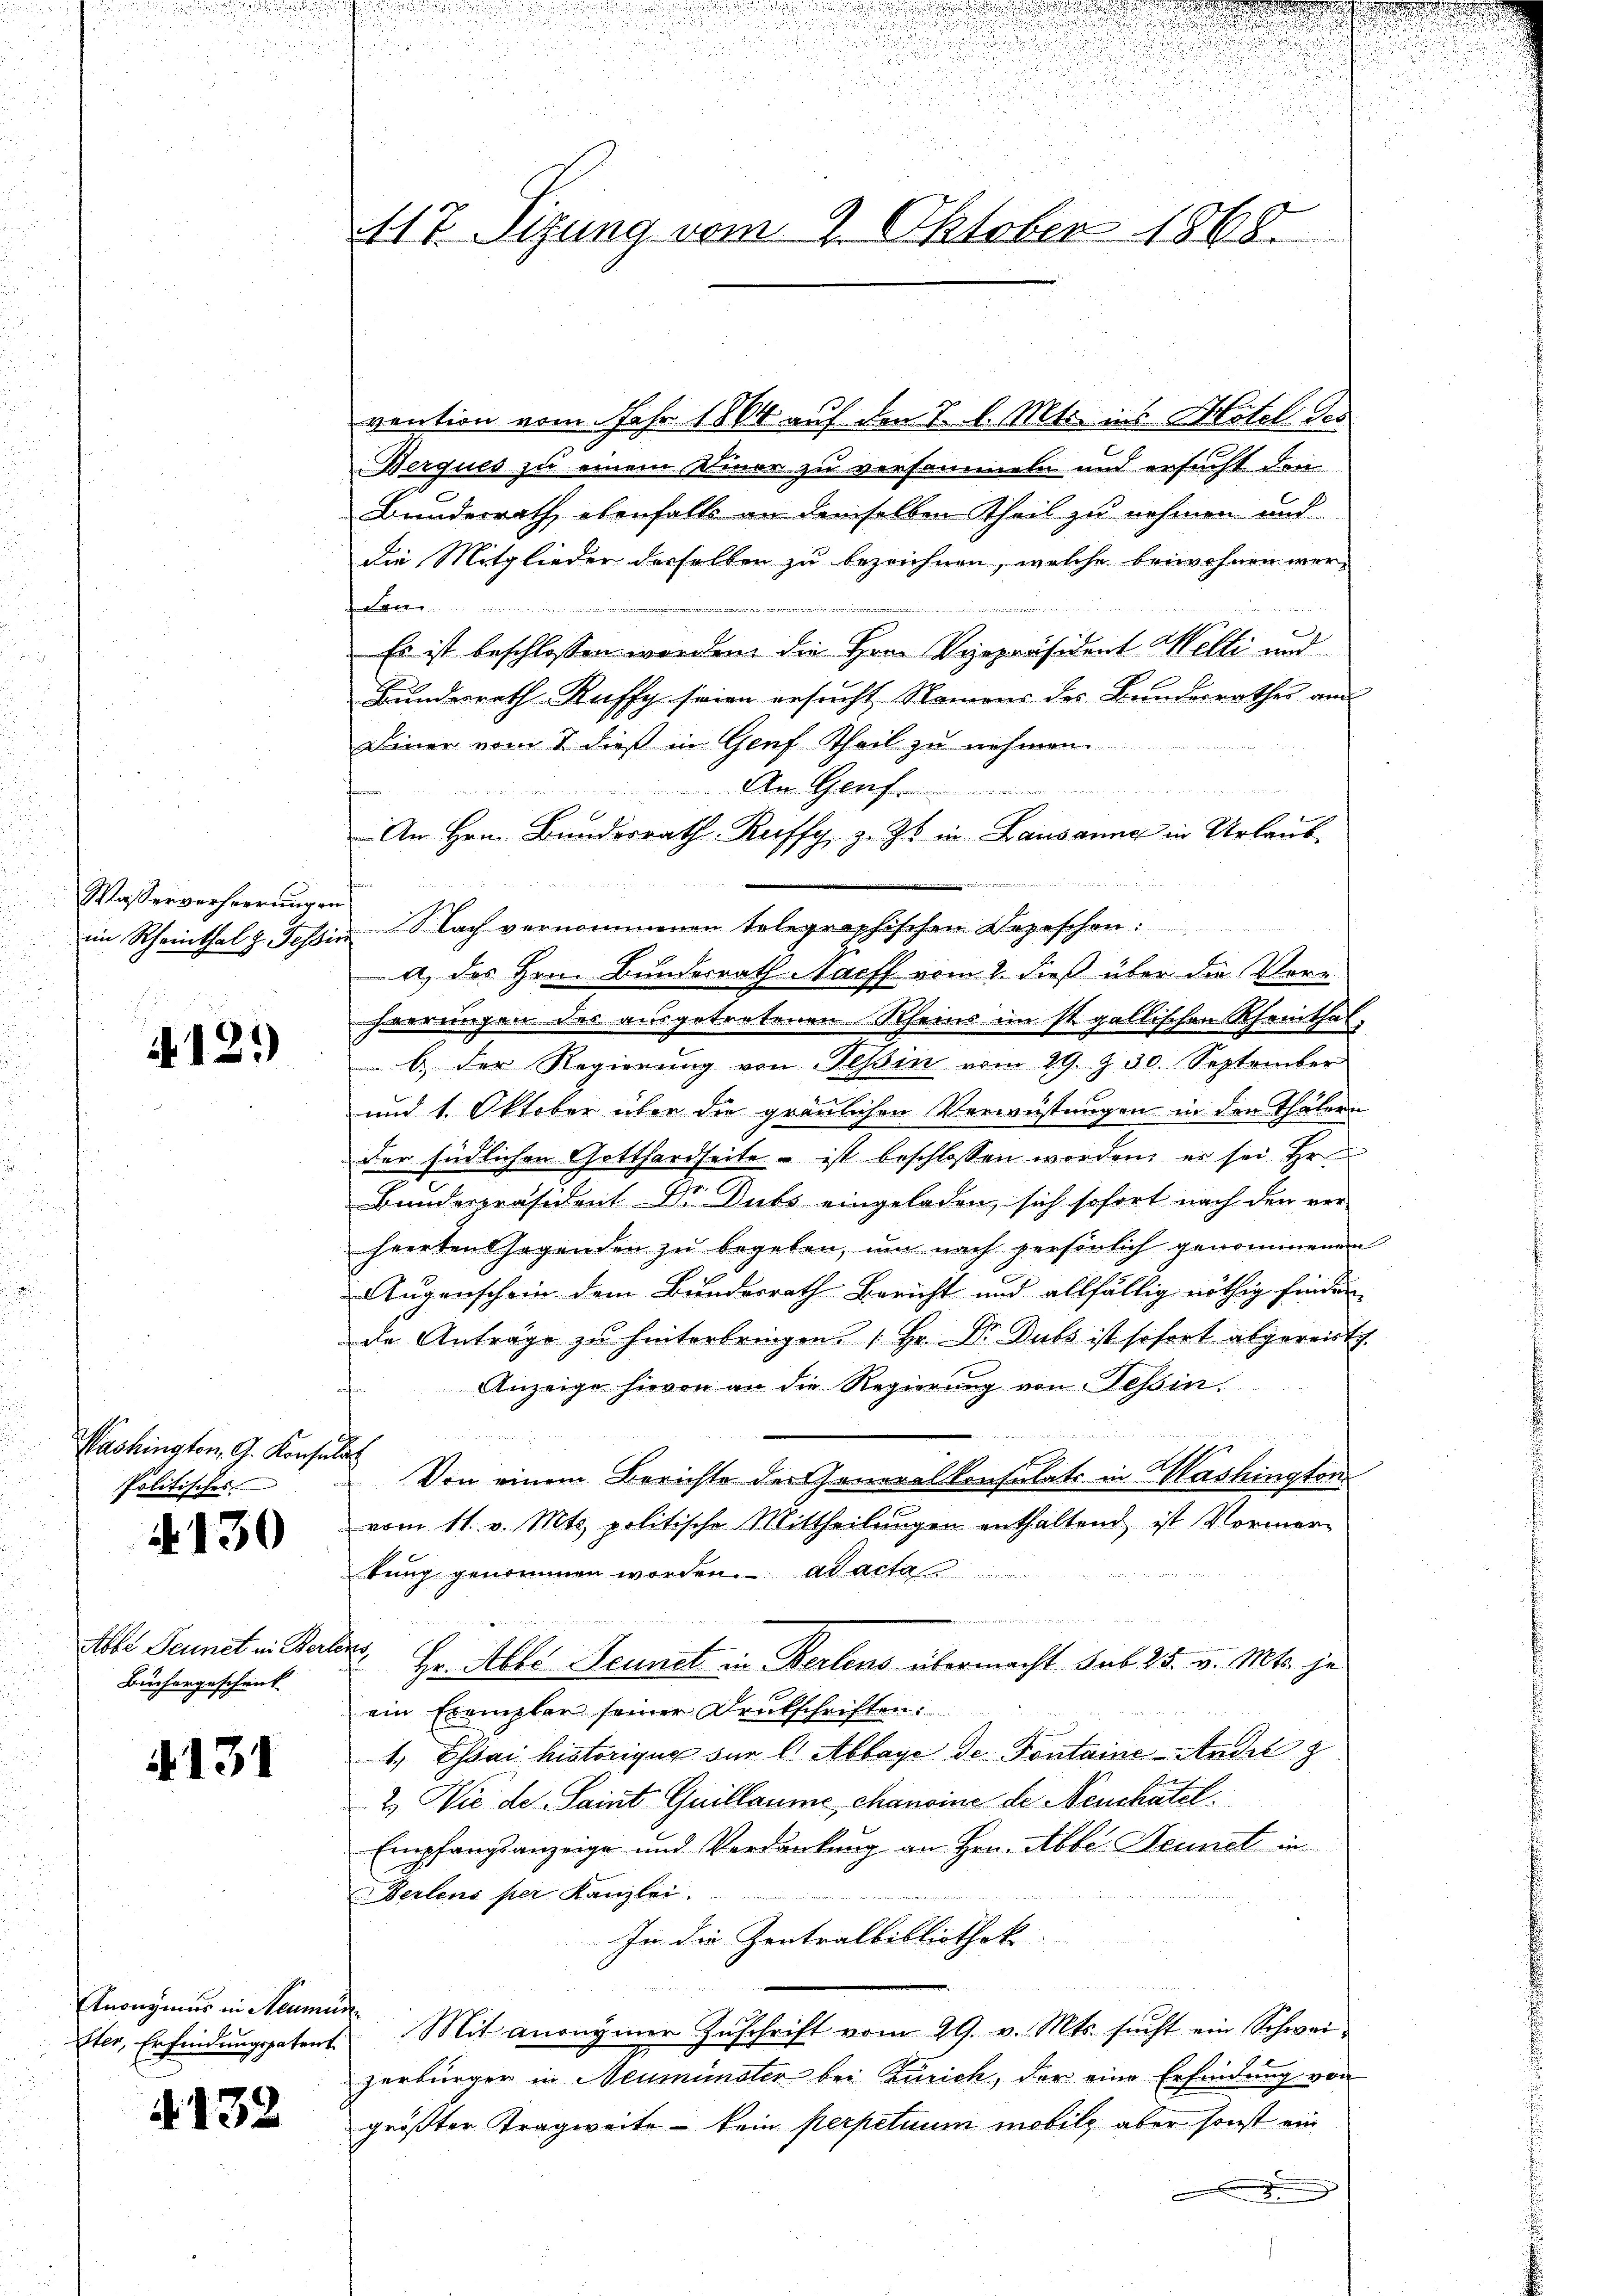
Wasserverheerungen

412.

Washington G. Konse
Politisches

N 130

Abbe Sennet in Berl
Buchargeschenk

4131

Knonymus in Neuma
ster, Erfindungspatent

.132

17. Sizung vom 9. Oktober 1868.

vention vom Jahr 1864 auf den 7. d. Mts. ins Hotel des
Berques zu einem Kinor zu versammel und ersucht den
Bundesrath ebenfalls an demselben Theil zu nehmen und
die Mitglieder derselben zu bezeichnen, welche beiwohnen wer-
 Wetten und in eingenen |
r
Es ist beschlossen worden die Hrn. Vizepräsident Welti und
Bundesrath Ruffy seien ersucht Namens des Bundesrathes and
Diner vom 1. dieß in Genf Theil zu nehmen.
em. A. G.
E
An Hrn. Bunderrath Ruffy, z. Z. in Lausanne in Urlaub
in Rheinthal z. Tessin Nach vernommenen telegraphischen Depeschen:
4 des Herr Bundesrath Nachs vom 2. dieß über die Vore
heerungen des ausgetretenen Rheins im st. gallischen Rheinthal.
 b. der Regierŭng von Teßin vom 29. Z. 30. September
und 1. Oktober über die graulichen Verwüstungen in den Thälern
der südlichen Gotthardseite – ist beschlossen worden, er sei Hr
2
Bundespräsident Dr. Dubs eingeladen, sich sofort nach den ver-
heerten sagenden zu begeben, um nach persönlich genommenen
Augenschein dem Bundesrath Bericht und allfällig nöthig finden
de Anträge zu hinterbringen. Hr. Dr. Dubs ist sofort abgereist.
Anzeige hievon an die Regierung von Tessin
u
2
Von einem Berichte der Generalkonsulats in Washington
vom 11. v. Mts. politische Mittheilungen enthaltend ist Vormertung genommen worden. ad acta
e
h
Hr. Abbe Sennet in Beilens übermacht sub 25. v. Mts. je
ein Exemplar seiner Drukschriften:
1, Essai historique sur l. Abbaye de Pontaine Andel z
2.) Wie de Saint Guillaume chanoine di Neuchatel
Empfangsanzeige und Verdankung an Hrn. Abbe Bennet in
Berlens per Kanzlei.
In die Zentralbibliothek
 Mit anonymer Zŭschrift vom 29. v. Mts. sucht ein Schweizerbürger in Neumünster bei Zürich, der eine Erfindung von
größter Tragweite – kein perpetuum mobile aber sonst ein